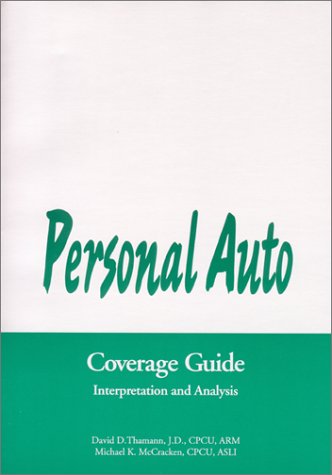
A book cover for Personal Auto Coverage Guide: Interpretation and Analysis; David D. Thamann; Engineering & Transportation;